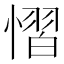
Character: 慴